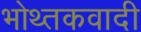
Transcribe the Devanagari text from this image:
भोथ्तकवादी